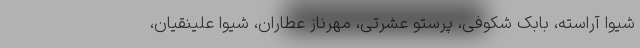
شیوا آراسته، بابک شکوفی، پرستو عشرتی، مهرناز عطاران، شیوا علینقیان،